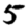
Digit: 5